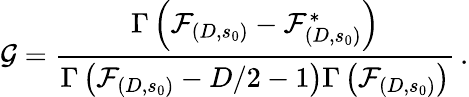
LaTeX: \mathcal{G}=\frac{\Gamma\left(\mathcal{F}_{(D,s_{0})}-\mathcal{F}_{(D,s_{0})}^{*}\right)}{\Gamma\left(\mathcal{F}_{(D,s_{0})}-D/2-1\right)\Gamma\left(\mathcal{F}_{(D,s_{0})}\right)}\, .